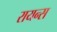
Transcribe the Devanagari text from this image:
रायन्स